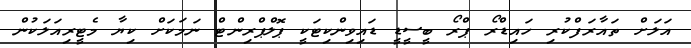
އަލަށް ތައާރަފްކުރި ހައިޑްރޯ ޕްރޯ ބީސީޑީ ޑައިވިންކިޓަކީ ޕޮލްޕްރިންޓް ނަމަކަށް ކިޔާ މެޓީރިއަލަކުން